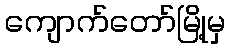
ကျောက်တော်မြို့မှ